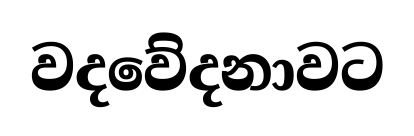
වදවේදනාවට